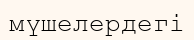
мүшелердегі